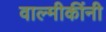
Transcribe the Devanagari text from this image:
वाल्मीकींनी